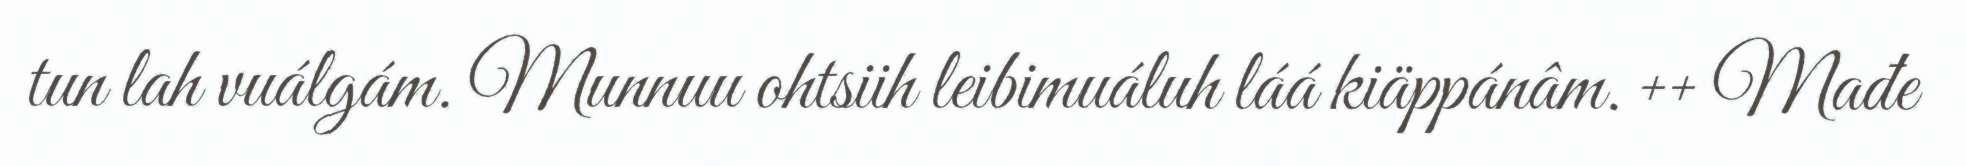
tun lah vuálgám. Munnuu ohtsiih leibimuáluh láá kiäppánâm. ++ Mađe